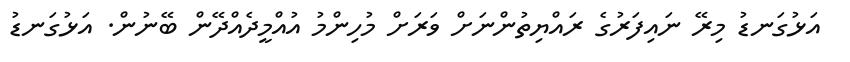
އަޅުގަނޑު މިރޭ ނައިފަރުގެ ރައްޔިތުންނަށް ވަރަށް މުހިންމު އުއްމީދެއްދޭން ބޭނުން. އަޅުގަނޑު